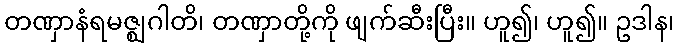
တဏှာနံရမဇ္ဈဂါတိ၊ တဏှာတို့ကို ဖျက်ဆီးပြီး။ ဟူ၍၊ ဟူ၍။ ဥဒါန၊